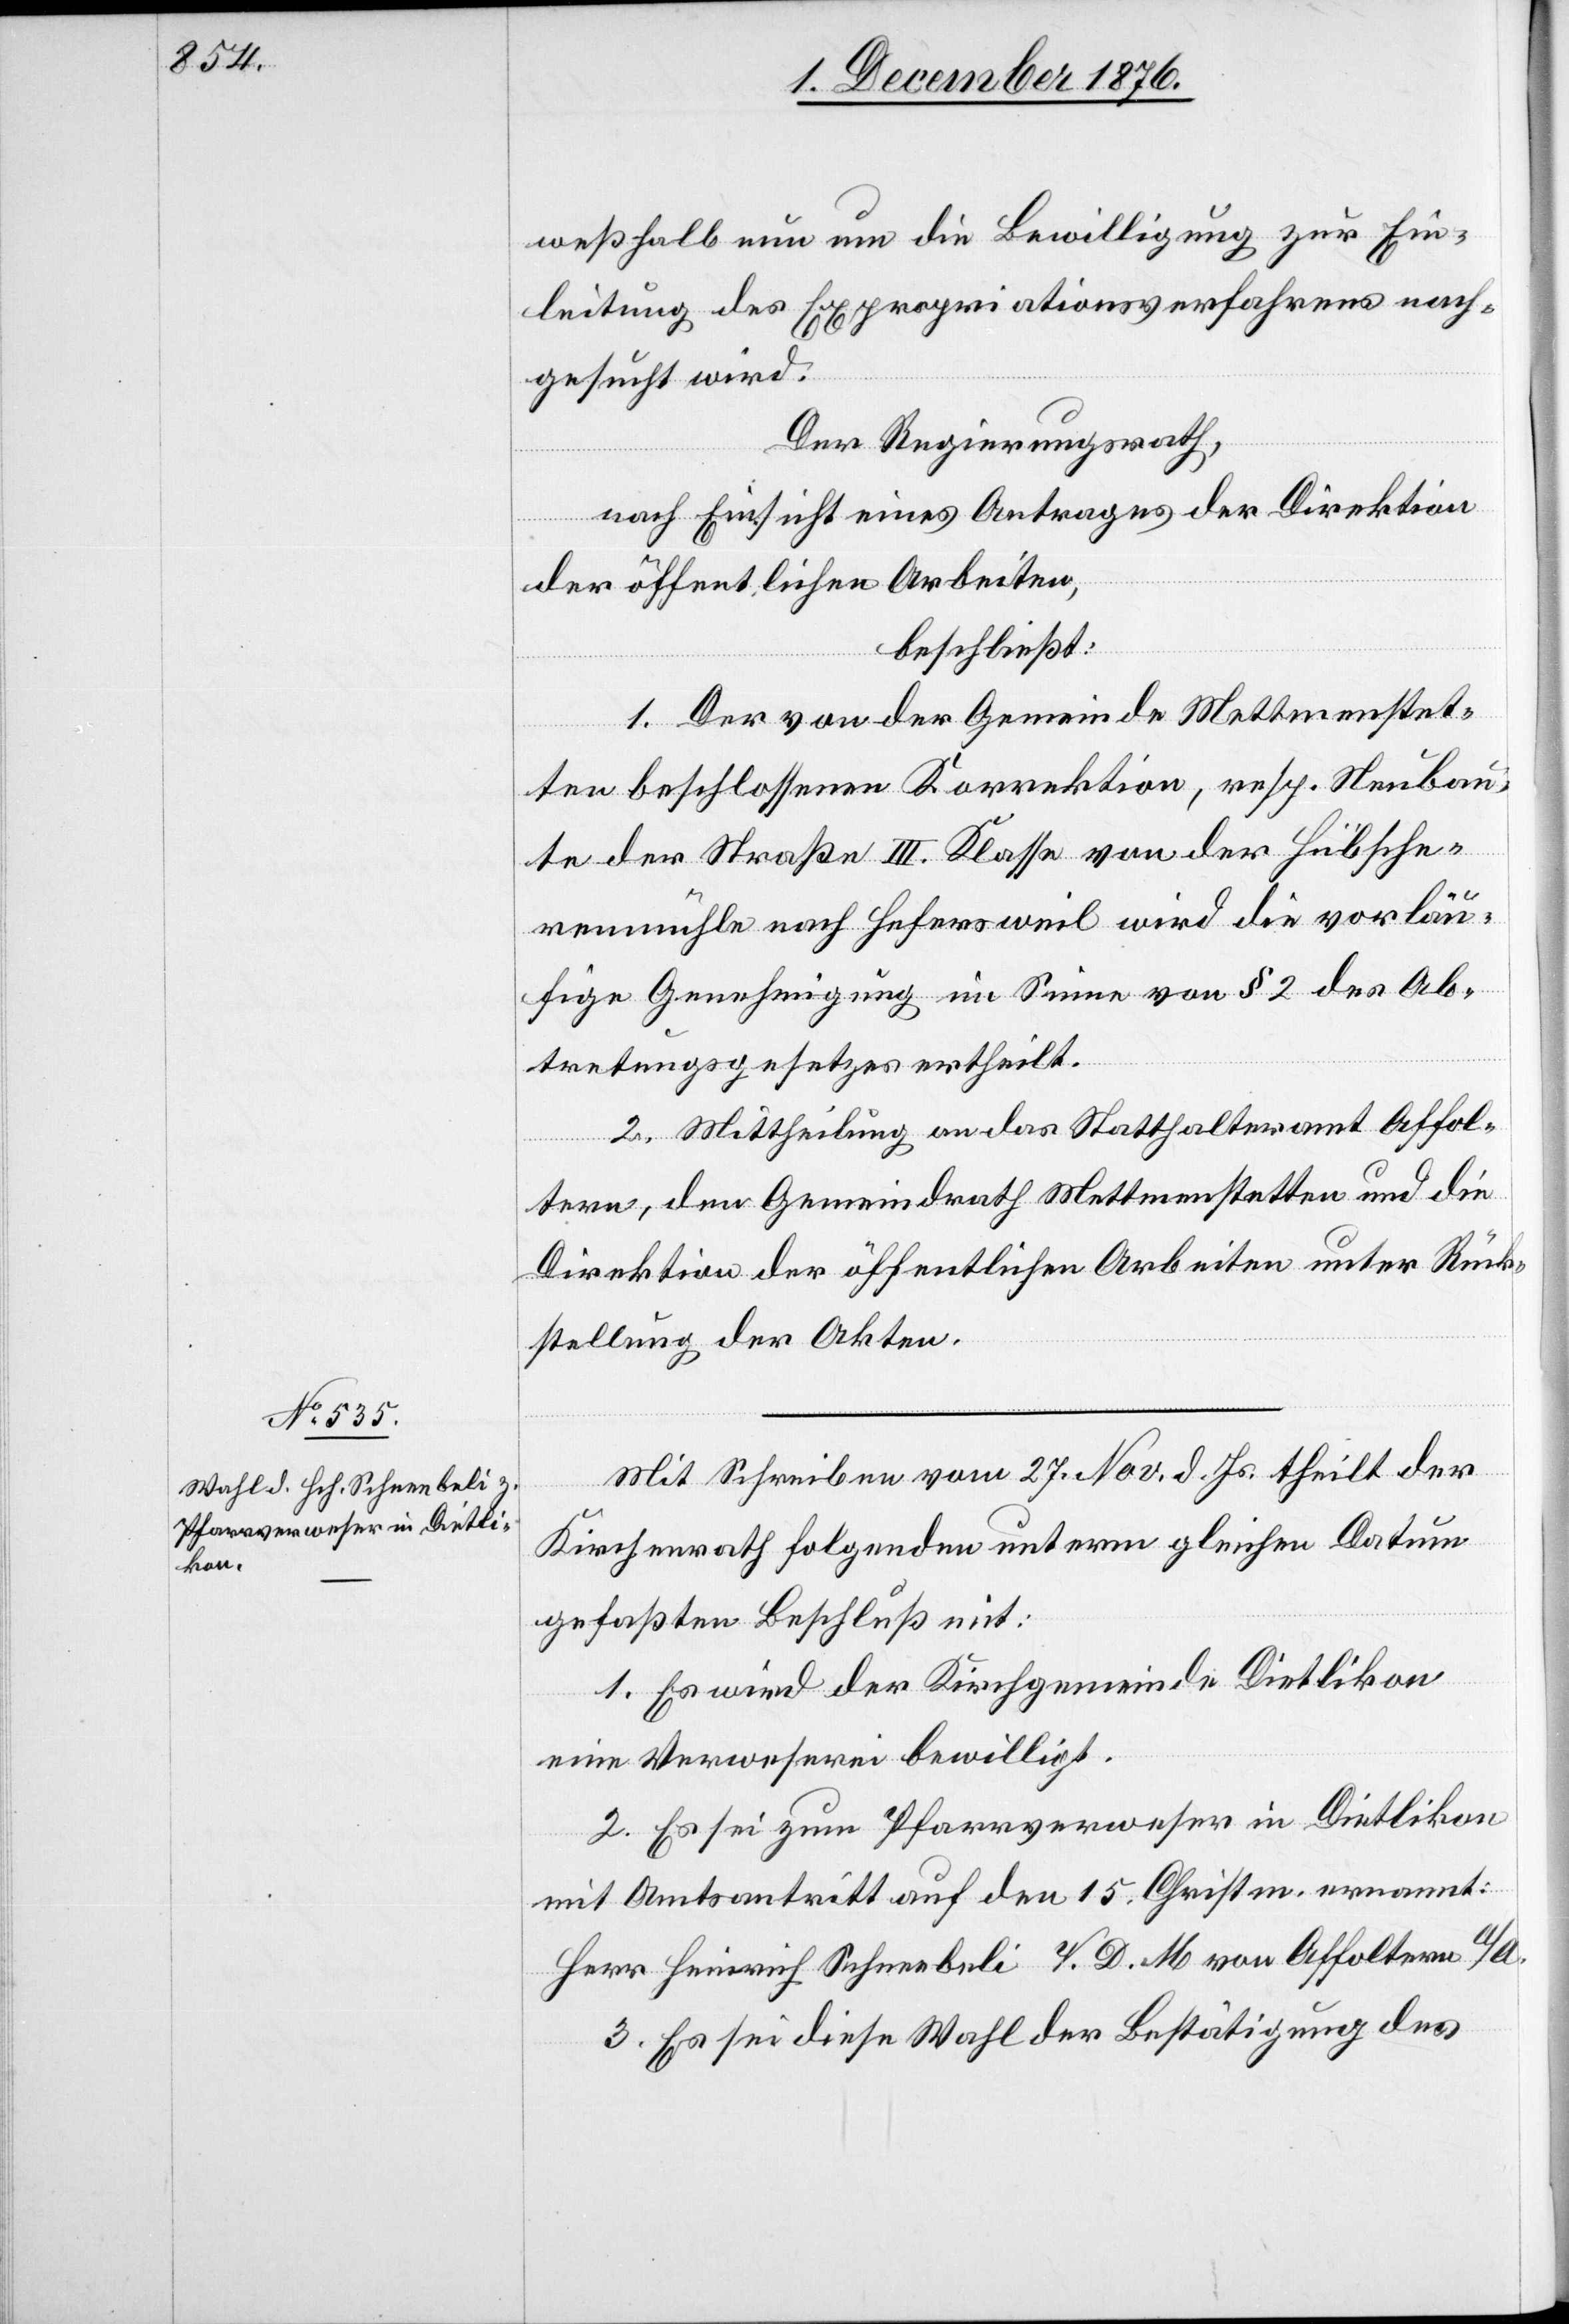
weßhalb nun um die Bewilligung zur Ein¬
leitung des Expropriationsverfahrens nach¬
gesucht wird.
Der Regierungsrath,
nach Einsicht eines Antrages der Direktion
der öffentlichen Arbeiten,
beschließt:
1. Der von der Gemeinde Mettmenstet¬
ten beschlossenen Korrektion, resp. Neubau¬
te der Straße III. Klasse von der Hübersche¬
vorlä¬
ufige Genehmigung im Sinne von § 2 des Ab¬
tretungsgesetzes ertheilt.
2. Mittheilung an das Statthalteramt Affol¬
tern, den Gemeindrath Mettmenstetten und die
Direktion der öffentlichen Arbeiten unter Rück¬
stellung der Akten.
Mit Schreiben vom 27. Nov. d. Js. theilt der
Kirchenrath folgenden unterm gleichen Datum
gefaßten Beschluß mit:
1. Es wird der Kirchgemeinde Dietlikon
eine Verweserei bewilligt.
2. Es sei zum Pfarrverweser in Dietlikon
mit Amtsantritt auf den 15. Christm. ernannt:
Herr Heinrich Schneebeli V. D. M. von Affoltern a/A.
3. Es sei diese Wahl der Bestätigung des